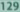
transcription